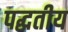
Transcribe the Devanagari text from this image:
पद्धतीय